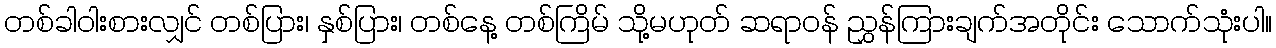
တစ်ခါဝါးစားလျှင် တစ်ပြား၊ နှစ်ပြား၊ တစ်နေ့ တစ်ကြိမ် သို့မဟုတ် ဆရာဝန် ညွှန်ကြားချက်အတိုင်း သောက်သုံးပါ။